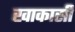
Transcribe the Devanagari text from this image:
खाकासी